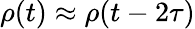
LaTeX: \rho(t)\approx\rho(t-2\tau)